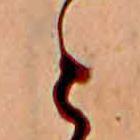
と